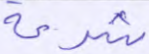
شرعة